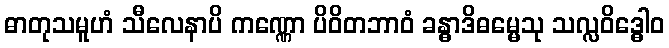
ဓာတုသမူဟံ သီလေနာပိ ကဏ္ဏော ပိဝိတဘာဝံ ခန္ဓာဒိဓမ္မေသု သလ္လဝိဒ္ဓေါဝ